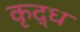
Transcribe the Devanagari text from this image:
कृद्ध